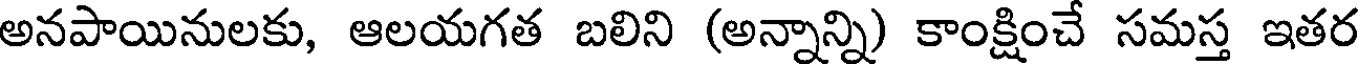
అనపాయినులకు, ఆలయగత బలిని (అన్నాన్ని) కాంక్షించే సమస్త ఇతర